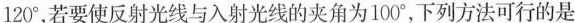
120^{\circ}，若要使反射光线与入射光线的夹角为100^{\circ}，下列方法可行的是